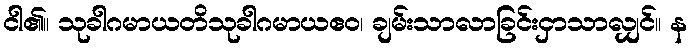
ငါ၏။ သုခါဂမာယတိသုခါဂမာယဧဝ၊ ချမ်းသာလာခြင်းငှာသာလျှင်။ န